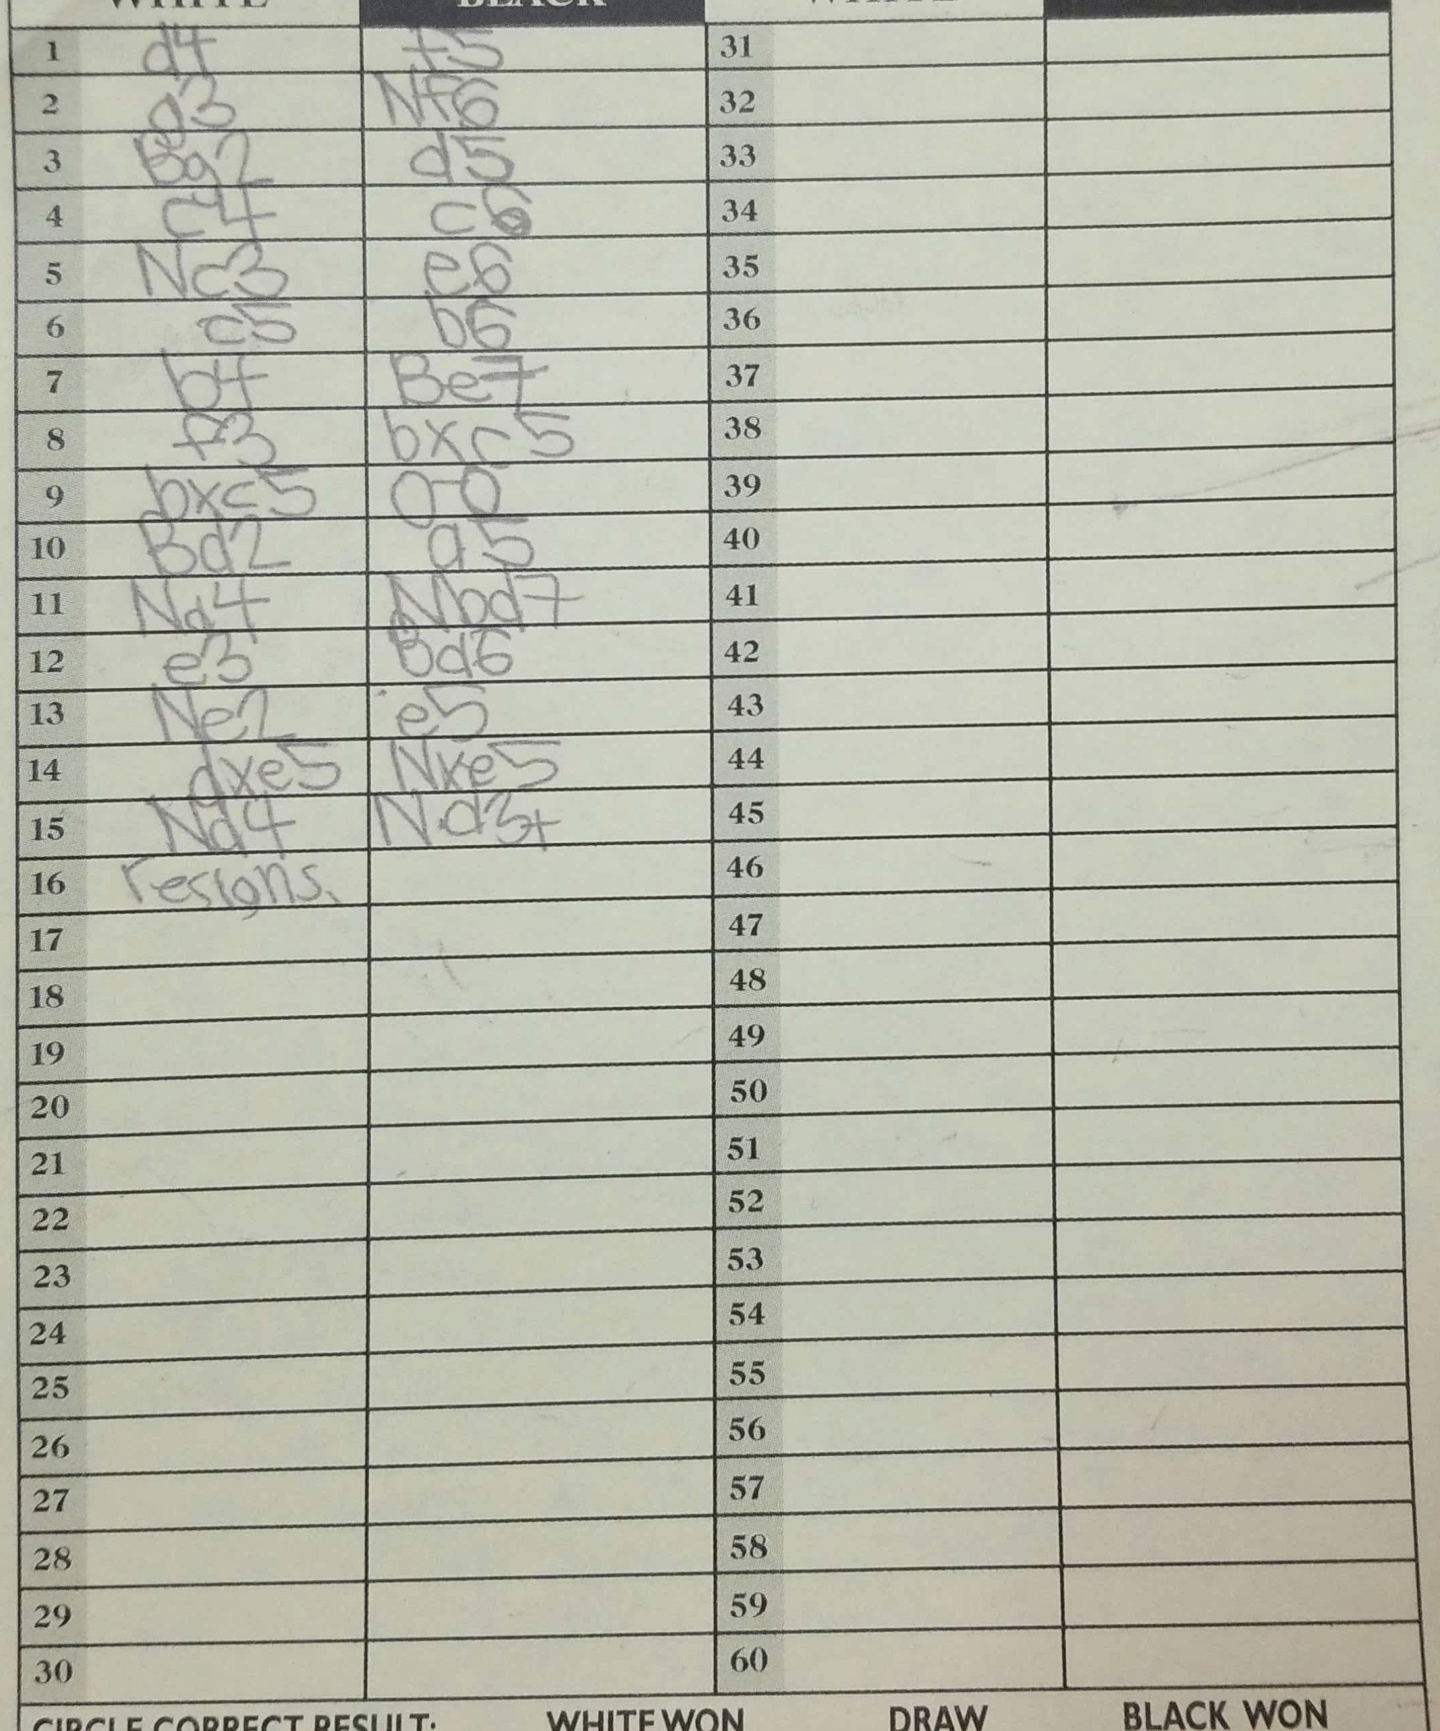
Moves: d4 f5 g3 Nf6 Bg2 d5 c4 c6 Nc3 e6 c5 b6 b4 Be7 f3 bxc5 bxc5 O-O Bd2 a5 Na4 Nbd7 e3 Ba6 Ne2 e5 dxe5 Nxe5 Nd4 Nd3+